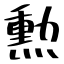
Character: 勲